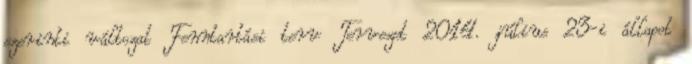
szerinti változat Fenntartási terv Tervezet 2014. július 23-i állapot